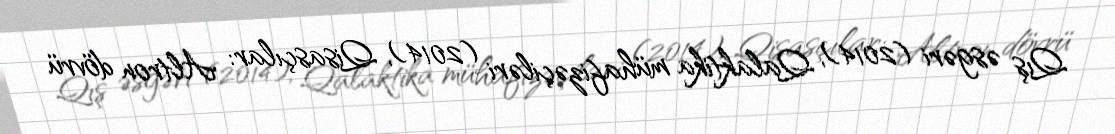
Qış əsgəri (2014), Qalaktika mühafizəçiləri (2014), Qisasçılar: Altron dövrü